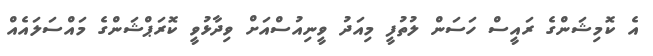
އެ ކޮމިޝަންގެ ރައީސް ހަސަން ލުތުފީ މިއަދު ވީނިއުސްއަށް ވިދާޅުވީ ކޮރަޕްޝަންގެ މައްސަލައެއް